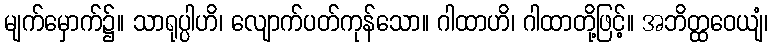
မျက်မှောက်၌။ သာရုပ္ပါဟိ၊ လျောက်ပတ်ကုန်သော။ ဂါထာဟိ၊ ဂါထာတို့ဖြင့်။ အဘိတ္ထဝေယျံ၊